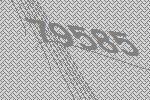
79585